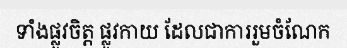
ទាំងផ្លូវចិត្ត ផ្លូវកាយ ដែលជាការរួមចំណែក